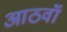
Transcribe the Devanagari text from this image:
आठवॉं